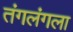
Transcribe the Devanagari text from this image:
तंगलंगला